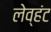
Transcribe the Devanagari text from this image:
लेव्हंट